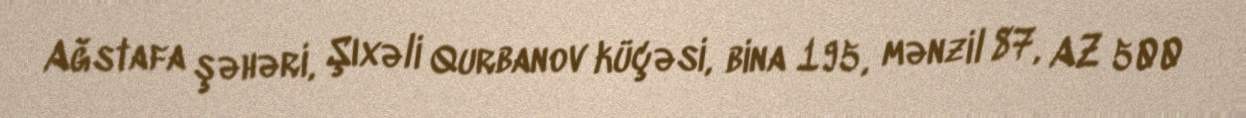
Ağstafa şəhəri, Şıxəli Qurbanov küçəsi, bina 195, mənzil 87, AZ 500